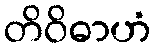
တိဝိဓာဟံ